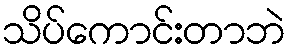
သိပ်ကောင်းတာဘဲ